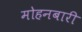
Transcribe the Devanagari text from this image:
मोहनबारी